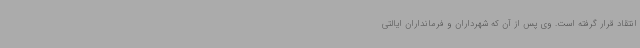
انتقاد قرار گرفته است. وی پس از آن که شهرداران و فرمانداران ایالتی